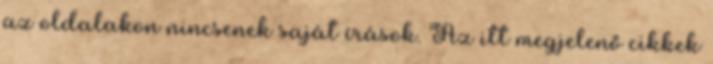
az oldalakon nincsenek saját írások. Az itt megjelenő cikkek